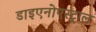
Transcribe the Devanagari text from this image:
डाइएनोएस्ट्राल